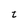
Character: t